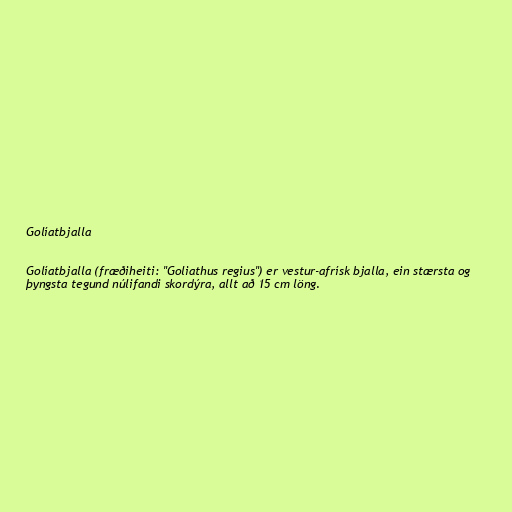
Golíatbjalla

Golíatbjalla (fræðiheiti: "Goliathus regius") er vestur-afrísk bjalla, ein stærsta og
þyngsta tegund núlifandi skordýra, allt að 15 cm löng.